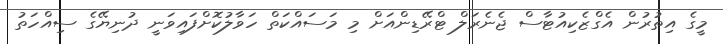
މީގެ އިތުރުން އެގްޒެކިއުޓާސް ޖެނެރަލް ޓްރޭޑިންއަށް މި މަސައްކަތް ހަވާލުކޮށްފައިވަނީ ދުނިޔޭގެ ސިއްހަތު